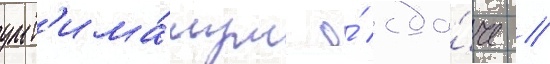
ульт'има́тум о́ сда́че //